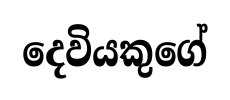
දෙවියකුගේ